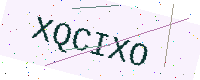
Text: XQCIXO